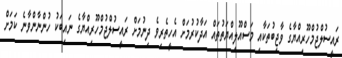
ރައީސުލްޖުމްހޫރިއްޔާގެ ވާޖިބުތަކާއި މަސްއޫލިއްޔަތުތައް އަދާކުރުމަށް އެހީތެރިވެ ދިނުމަށް ރައީސުލްޖުމްހޫރިއްޔާގެ ނައިބަކު ހުންނާންވާނެ ކަމަށް